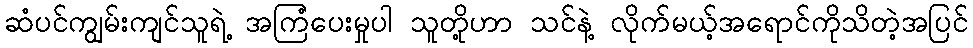
ဆံပင်ကျွမ်းကျင်သူရဲ့ အကြံပေးမှုပါ သူတို့ဟာ သင်နဲ့ လိုက်မယ့်အရောင်ကိုသိတဲ့အပြင်